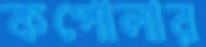
কপোলার